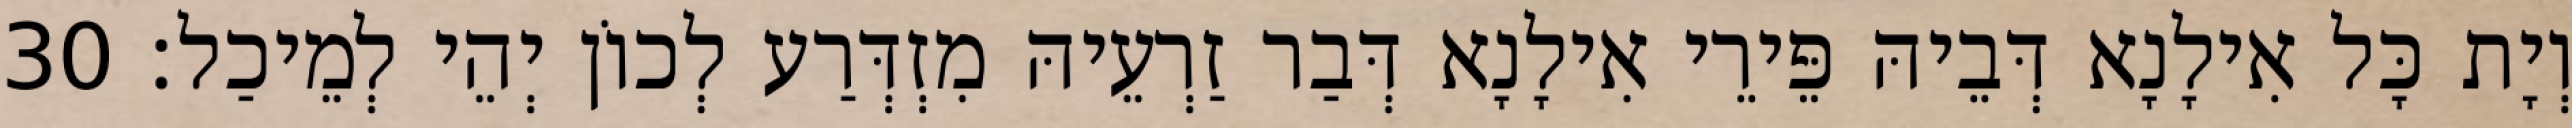
וְיָת כָּל אִילָנָא דְּבֵיהּ פֵּירֵי אִילָנָא דְּבַר זַרְעֵיהּ מִזְדְּרַע לְכוֹן יְהֵי לְמֵיכַל׃ 30